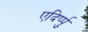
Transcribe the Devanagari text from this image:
एदिर्प्पु